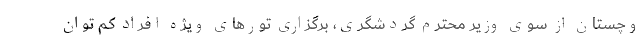
وچستان از سوی وزیر محترم گردشگری، برگزاری تورهای ویژه افراد کم توان